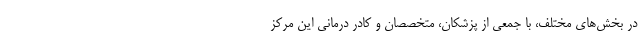
در بخش‌های مختلف، با جمعی از پزشکان، متخصصان و کادر درمانی این مرکز